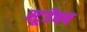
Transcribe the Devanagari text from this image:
स्टूडेंबच